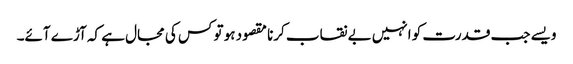
ویسے جب قدرت کو انہیں بے نقاب کرنا مقصود ہو تو کس کی مجال ہے کہ آڑے آئے۔